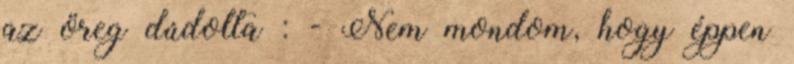
az öreg dúdolta : - Nem mondom, hogy éppen